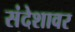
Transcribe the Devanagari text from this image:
संदेशावर